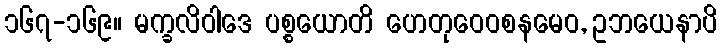
၁၆၇-၁၆၉။ မက္ခလိဝါဒေ ပစ္စယောတိ ဟေတုဝေဝစနမေဝ, ဥဘယေနာပိ